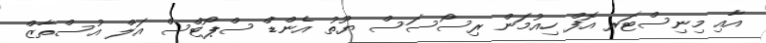
އާއި މިނިސްޓަރ އޮފް ހިއުމަން ރިސޯސަސް ޔޫތު އެންޑް ސްޕޯޓްސް އަލް އުސްތާޒް